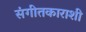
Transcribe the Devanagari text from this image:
संगीतकाराशी